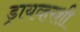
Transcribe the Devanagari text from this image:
ड्रायव्हरशी